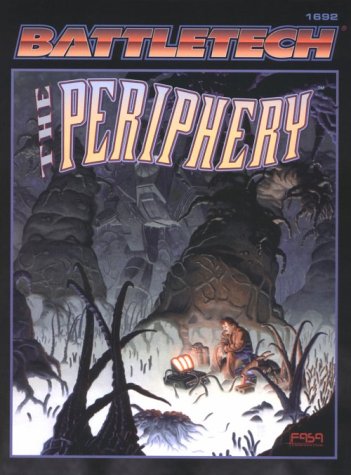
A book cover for The Periphery (Battletech); Chris Hussey; Science Fiction & Fantasy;